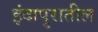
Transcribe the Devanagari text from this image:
इंदापुरातील